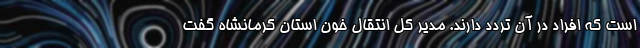
است که افراد در آن تردد دارند. مدیر کل انتقال خون استان کرمانشاه گفت